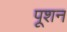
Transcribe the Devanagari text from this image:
पूशन